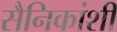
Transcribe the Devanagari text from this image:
सैनिकांशी